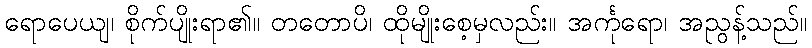
ရောပေယျ၊ စိုက်ပျိုးရာ၏။ တတောပိ၊ ထိုမျိုးစေ့မှလည်း။ အင်္ကုရော၊ အညွန့်သည်။